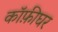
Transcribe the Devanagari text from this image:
कॉफ़ीघर